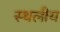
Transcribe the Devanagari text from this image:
स्‍थलीय